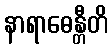
နာရာဓေန္တီတိ